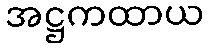
အဋ္ဌကထာယ